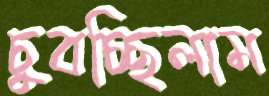
চুবচ্ছিলাম